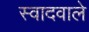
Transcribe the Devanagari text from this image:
स्वादवाले